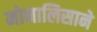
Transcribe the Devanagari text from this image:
मोनालिसाने